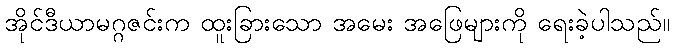
အိုင်ဒီယာမဂ္ဂဇင်းက ထူးခြားသော အမေး အဖြေများကို ရေးခဲ့ပါသည်။